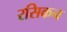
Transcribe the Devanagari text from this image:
रसिकन